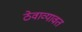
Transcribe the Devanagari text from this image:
ठेवाव्यावत